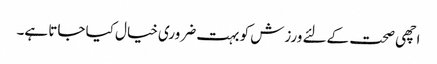
اچھی صحت کےلئے ورزش کو بہت ضروری خیال کیا جاتا ہے۔